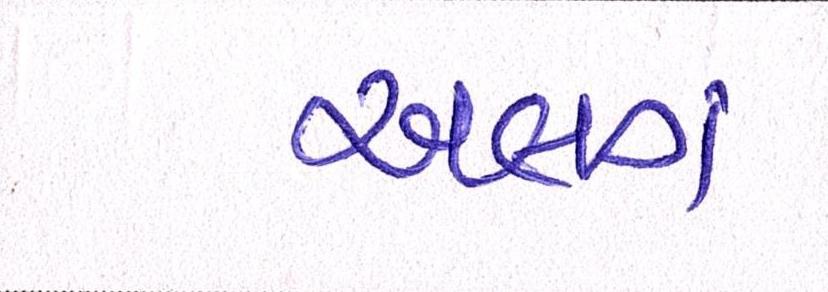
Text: અલગં